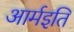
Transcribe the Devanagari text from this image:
आर्मइति